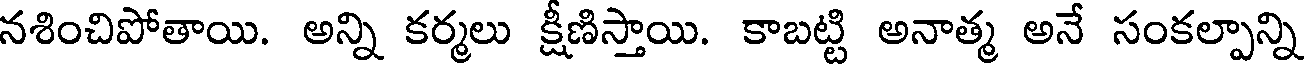
నశించిపోతాయి. అన్ని కర్మలు క్షీణిస్తాయి. కాబట్టి అనాత్మ అనే సంకల్పాన్ని